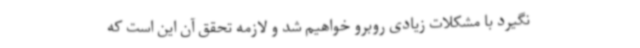
نگیرد با مشکلات زیادی روبرو خواهیم شد و لازمه تحقق آن این است که